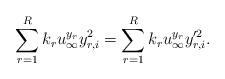
LaTeX: \begin{align*}\sum_{r=1}^Rk_ru_{\infty}^{y_r}y_{r,i}^2 = \sum_{r=1}^{R}k_ru_{\infty}^{y_r}y_{r,i}'^2.\end{align*}